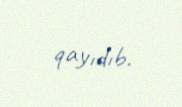
qayıdıb.